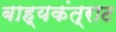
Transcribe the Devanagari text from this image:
बाह्यकंत्राट